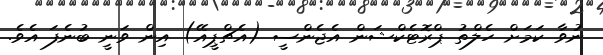
ނުވާ ކަމަށް ހެލްތު ޕްރޮޓެކްޝަން އެޖެންސީ (އެޗްޕީއޭ) އިން ވަނީ ބުނެފަ އެވެ.